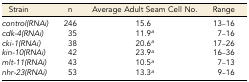
<table><thead><tr><td><b>Strain</b></td><td><b>n</b></td><td><b>Average Adult Seam Cell No.</b></td><td><b>Range</b></td></tr></thead><tbody><tr><td><i>control(RNAi)</i></td><td>246</td><td>15.6</td><td>13–16</td></tr><tr><td><i>cdk-4(RNAi)</i></td><td>35</td><td>11.9<i><sup>a</sup></i></td><td>7–16</td></tr><tr><td><i>cki-1(</i><i>RNAi</i><i>)</i></td><td>38</td><td>20.6<i><sup>a</sup></i></td><td>17–26</td></tr><tr><td><i>kin-10(RNAi)</i></td><td>42</td><td>23.9<i><sup>a</sup></i></td><td>16–36</td></tr><tr><td><i>mlt-11(RNAi)</i></td><td>43</td><td>10.5<i><sup>a</sup></i></td><td>7–13</td></tr><tr><td><i>nhr-23(RNAi)</i></td><td>53</td><td>13.3<i><sup>a</sup></i></td><td>9–16</td></tr></tbody></table>